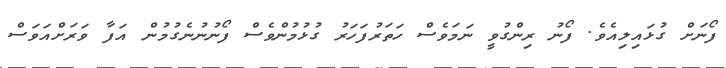
ފޯނަށް ގުޅައިލިއެވެ. ފޯނު ރިންގުވީ ނަމަވެސް ހަތަރުފަހަރު ގުޅުމުންވެސް ފޯނުނުނެގުމުން އަފާ ވަރަށްއަވަސް